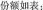
份额如表: